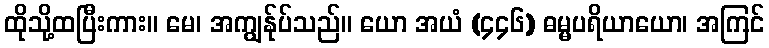
ထိုသို့ထပြီးကား။ မေ၊ အကျွန်ုပ်သည်။ ယော အယံ (၄၄၆) ဓမ္မပရိယာယော၊ အကြင်